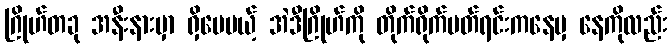
ဂြိုဟ်တခု အနီးနားမှာ ရှိပေမယ့် အဲဒီဂြိုဟ်ကို တိုက်ရိုက်ပတ်ရင်းကနေမှ နေကိုလည်း